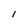
Character: 1